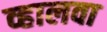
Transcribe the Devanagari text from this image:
व्हालवा